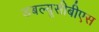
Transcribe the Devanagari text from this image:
डबल्यूसीबीएस